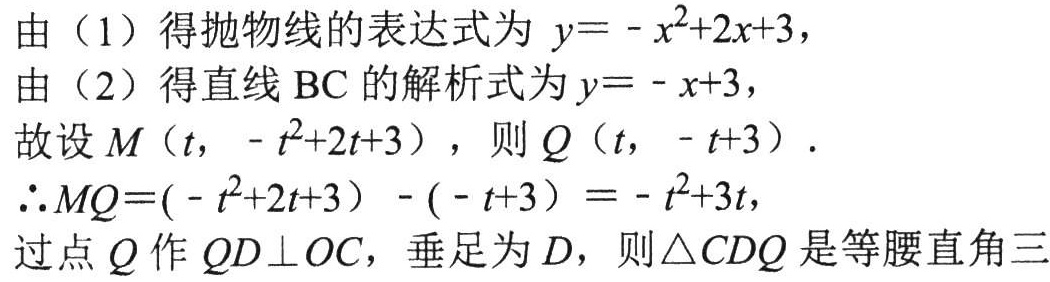
由（1）得抛物线的表达式为 \(y = -x^{2}+2x + 3\)，
由（2）得直线 \(\text{BC}\) 的解析式为 \(y = -x + 3\)，
故设 \(M\left(t, -t^{2}+2t + 3\right)\)，则 \(Q\left(t, -t + 3\right)\)．
\(\therefore MQ=(-t^{2}+2t + 3)-(-t + 3)=-t^{2}+3t\)，
过点 \(Q\) 作 \(QD\perp OC\)，垂足为 \(D\)，则 \(\triangle CDQ\) 是等腰直角三